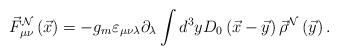
LaTeX: \begin{align*}\vec F_{\mu\nu}^{\cal N}\left(\vec x\right)=-g_m\varepsilon_{\mu\nu\lambda}\partial_\lambda\int d^3y D_0\left(\vec x-\vec y\right)\vec\rho^{\cal N}\left(\vec y\right).\end{align*}